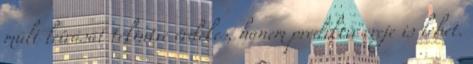
múlt leírását tekintve érdekes, hanem prediktív ereje is lehet.